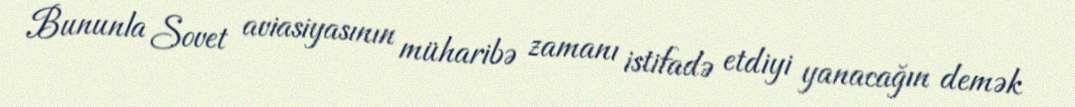
Bununla Sovet aviasiyasının müharibə zamanı istifadə etdiyi yanacağın demək